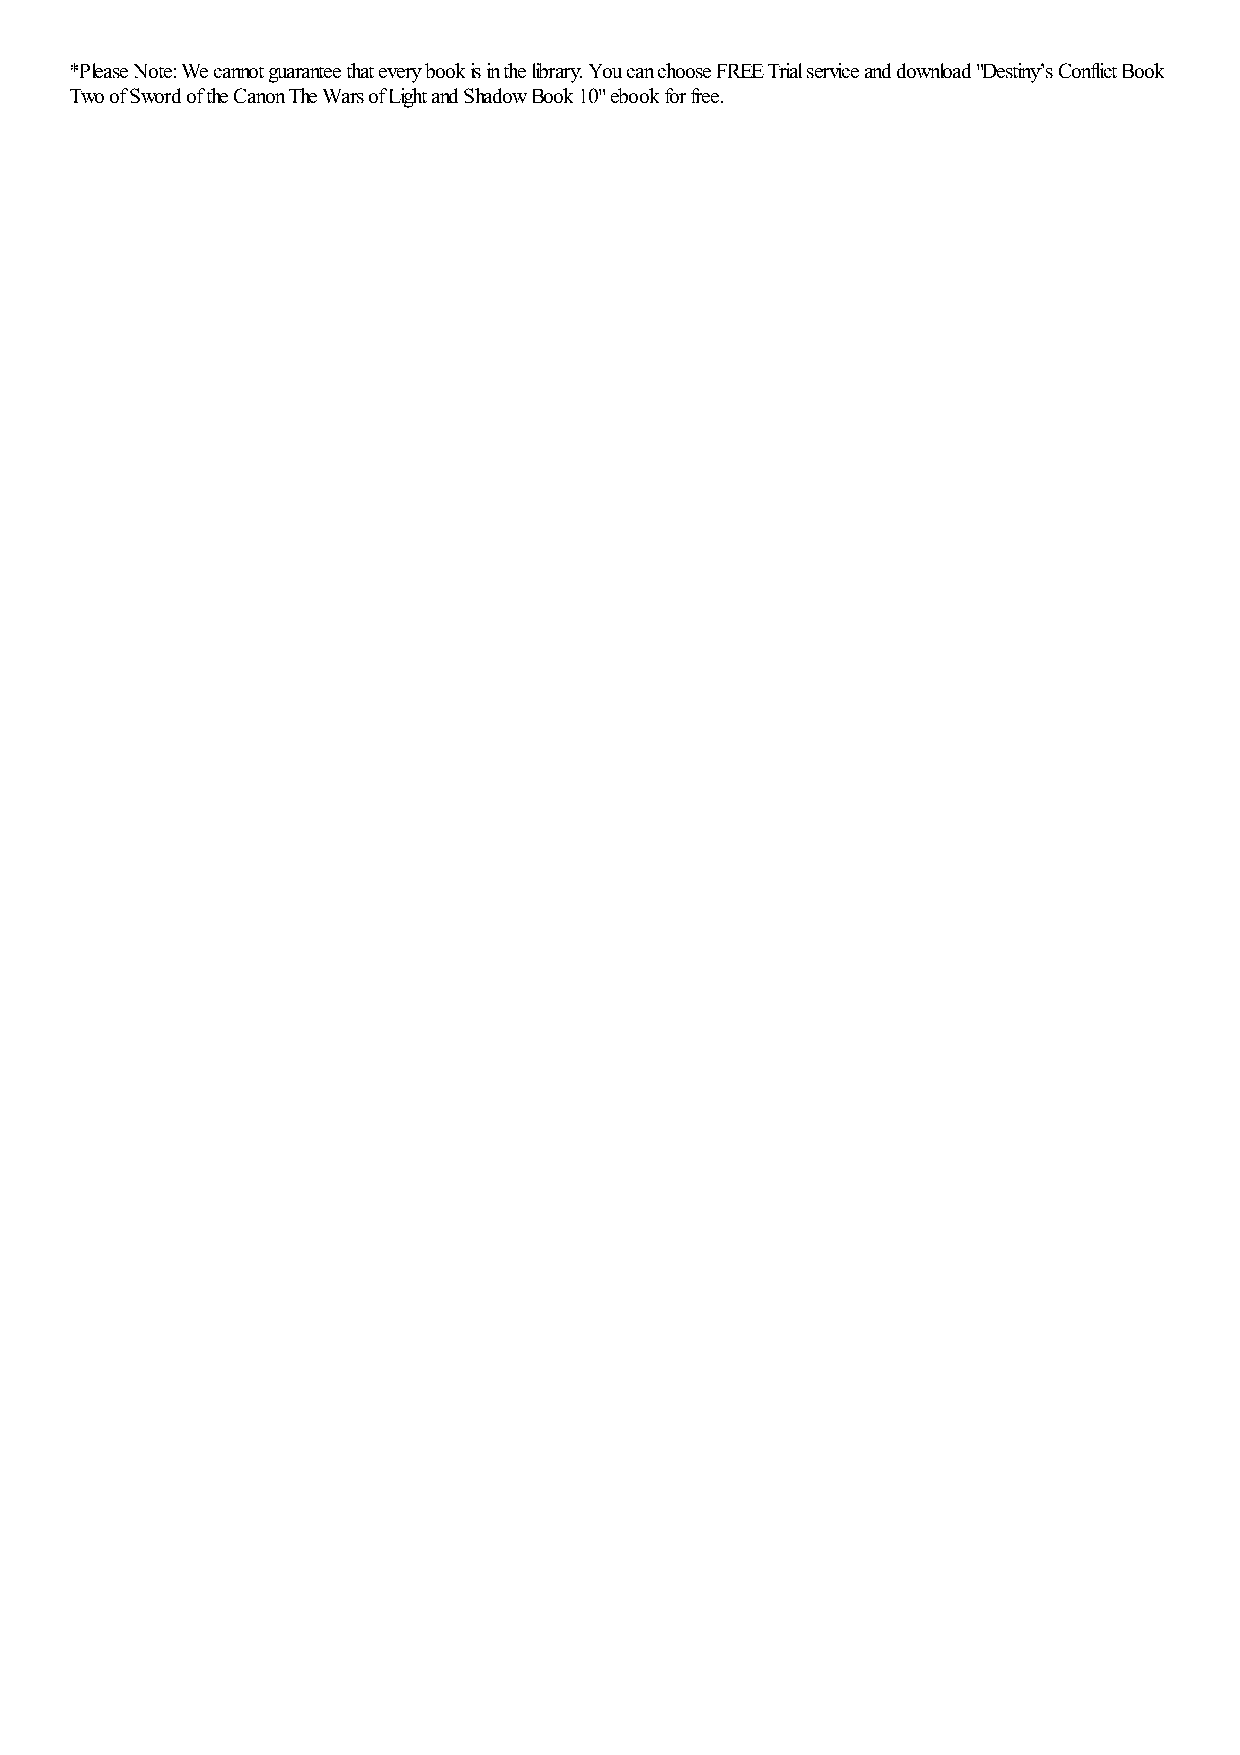
*Please Note: We cannot guarantee that every book is in the library. You can choose FREE Trial service and download "Destiny’s Conflict Book
 Two of Sword of the Canon The Wars of Light and Shadow Book 10" ebook for free.